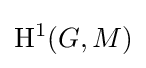
\mathrm {H} ^{1}(G,M)